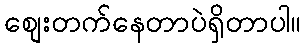
စျေးတက်နေတာပဲရှိတာပါ။